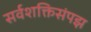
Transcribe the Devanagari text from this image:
सर्वशक्तिसंपझ